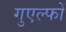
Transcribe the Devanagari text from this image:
गुएल्फों